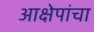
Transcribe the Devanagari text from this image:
आक्षेपांचा